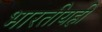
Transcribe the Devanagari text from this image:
भारतीयही